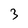
Character: 3